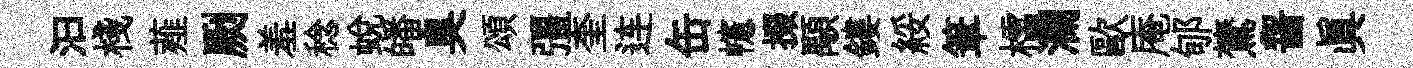
汩棧薤劂羞稔蜕皤臭頌彊奎连缶幰掇顒鏤綏筆櫺瀾歐庵郇鷟齧真